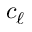
c _ { \ell }